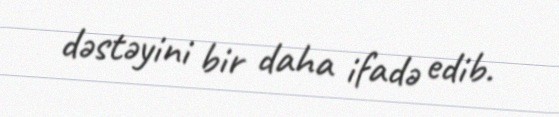
dəstəyini bir daha ifadə edib.